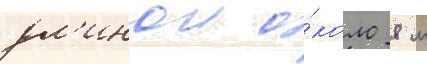
дл'инои о́коло 8 м